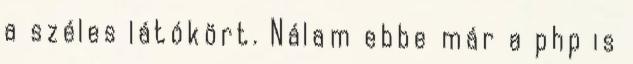
a széles látókört. Nálam ebbe már a php is